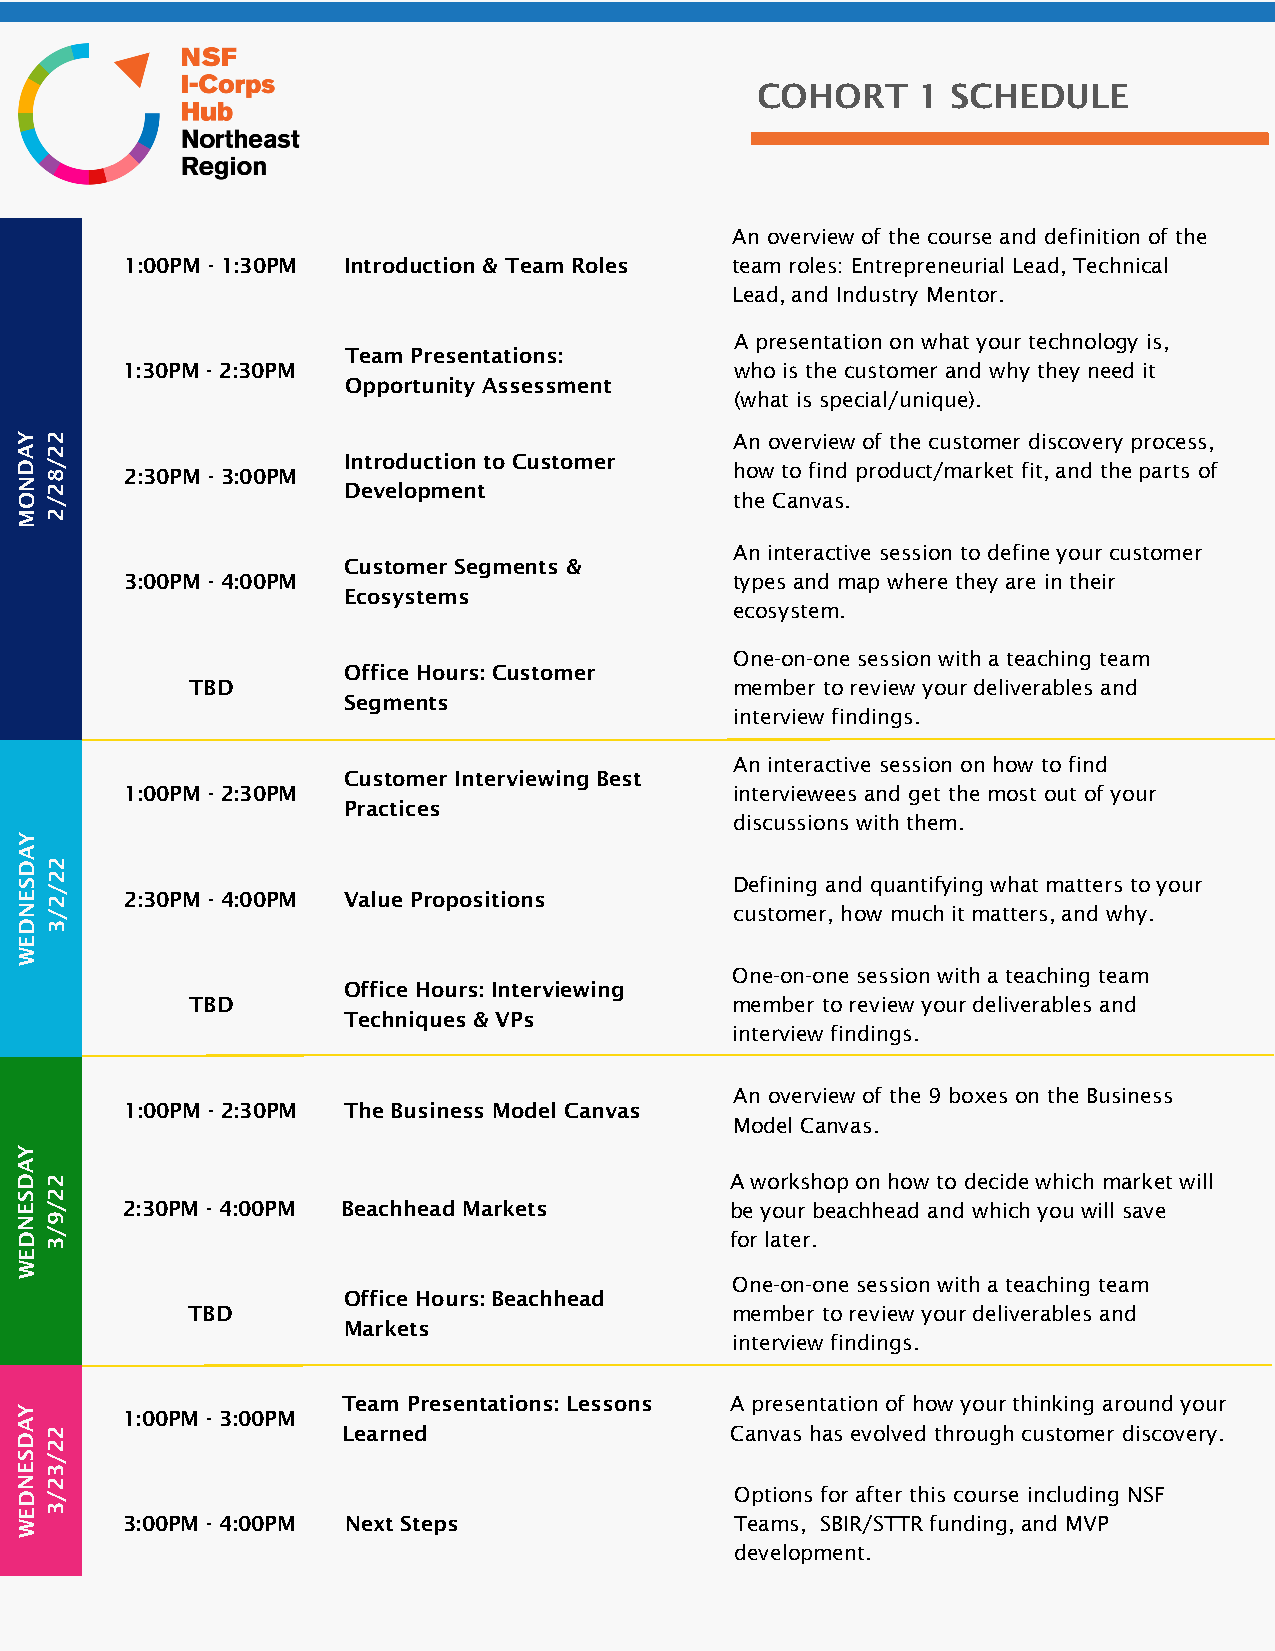
COHORT     1 SCHEDULE
 An overview of the course and definition of the
 1:00PM - 1:30PM Introduction & Team Roles team roles: Entrepreneurial Lead, Technical
 Lead, and Industry Mentor.
 A presentation on what your technology is,
 Team Presentations:
 1:30PM - 2:30PM                          who is the customer and why they need it
 Opportunity Assessment
 (what is special/unique).
 Y 2                                             An overview of the customer discovery process,
 A 2
 D / 8  2:30PM - 3:00PM Introduction to Customer how to find product/market fit, and the parts of
 N 2                   Development
 O /                                             the Canvas.
 M 2
 An interactive session to define your customer
 Customer Segments &
 3:00PM - 4:00PM                          types and map where they are in their
 Ecosystems
 ecosystem.
 One-on-one session with a teaching team
 Office Hours: Customer
 TBD                                  member to review your deliverables and
 Segments
 interview findings.
 An interactive session on how to find
 Customer Interviewing Best
 1:00PM - 2:30PM                          interviewees and get the most out of your
 Practices
 discussions with them.
 Y
 A
 D 2
 S 2                                             Defining and quantifying what matters to your
 E / 2  2:30PM - 4:00PM Value Propositions
 N /                                             customer, how much it matters, and why.
 D 3
 E
 W
 One-on-one session with a teaching team
 Office Hours: Interviewing
 TBD                                 member to review your deliverables and
 Techniques & VPs
 interview findings.
 An overview of the 9 boxes on the Business
 1:00PM - 2:30PM The Business Model Canvas
 Model Canvas.
 Y
 A
 D 2                                            A workshop on how to decide which market will
 S 2
 E /    2:30PM - 4:00PM Beachhead Markets       be your beachhead and which you will save
 N 9
 D / 3                                          for later.
 E
 W
 One-on-one session with a teaching team
 Office Hours: Beachhead
 TBD                                 member to review your deliverables and
 Markets
 interview findings.
 Team Presentations: Lessons A presentation of how your thinking around your
 Y
 1:00PM - 3:00PM
 A
 D 2                   Learned                  Canvas has evolved through customer discovery.
 2
 S /
 E 3
 N 2
 D /                                             Options for after this course including NSF
 E 3
 W      3:00PM - 4:00PM Next Steps               Teams, SBIR/STTR funding, and MVP
 development.